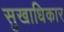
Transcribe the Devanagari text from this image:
सुखाधिकार